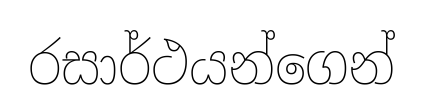
රසාර්ථයන්ගෙන්